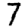
Digit: 7